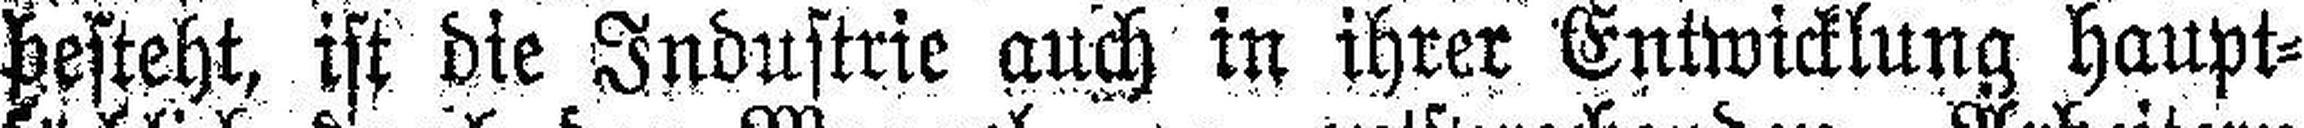
besteht, ist die Industrie auch in ihrer Entwicklung haupt¬